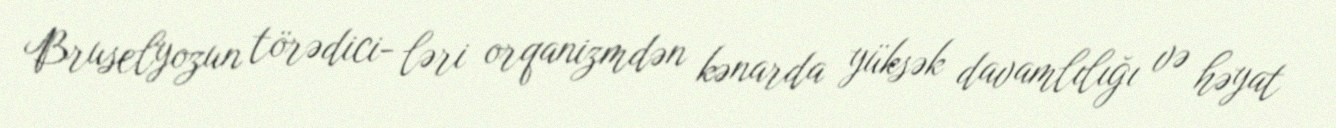
Bruselyozun törədici- ləri orqanizmdən kənarda yüksək davamlılığı və həyat